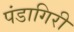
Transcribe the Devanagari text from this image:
पंडागिरी